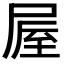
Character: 𡲃